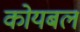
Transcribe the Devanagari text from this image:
कोयबल